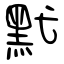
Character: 黓